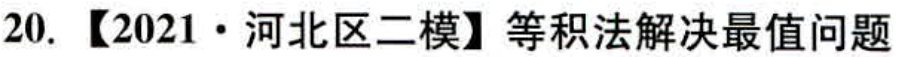
20. 【2021·河北区二模】等积法解决最值问题